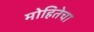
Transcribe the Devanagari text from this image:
मोहितेचा